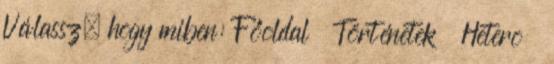
Válassz, hogy miben: Főoldal Történetek Hetero